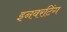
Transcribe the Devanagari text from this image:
इनवरटिंग